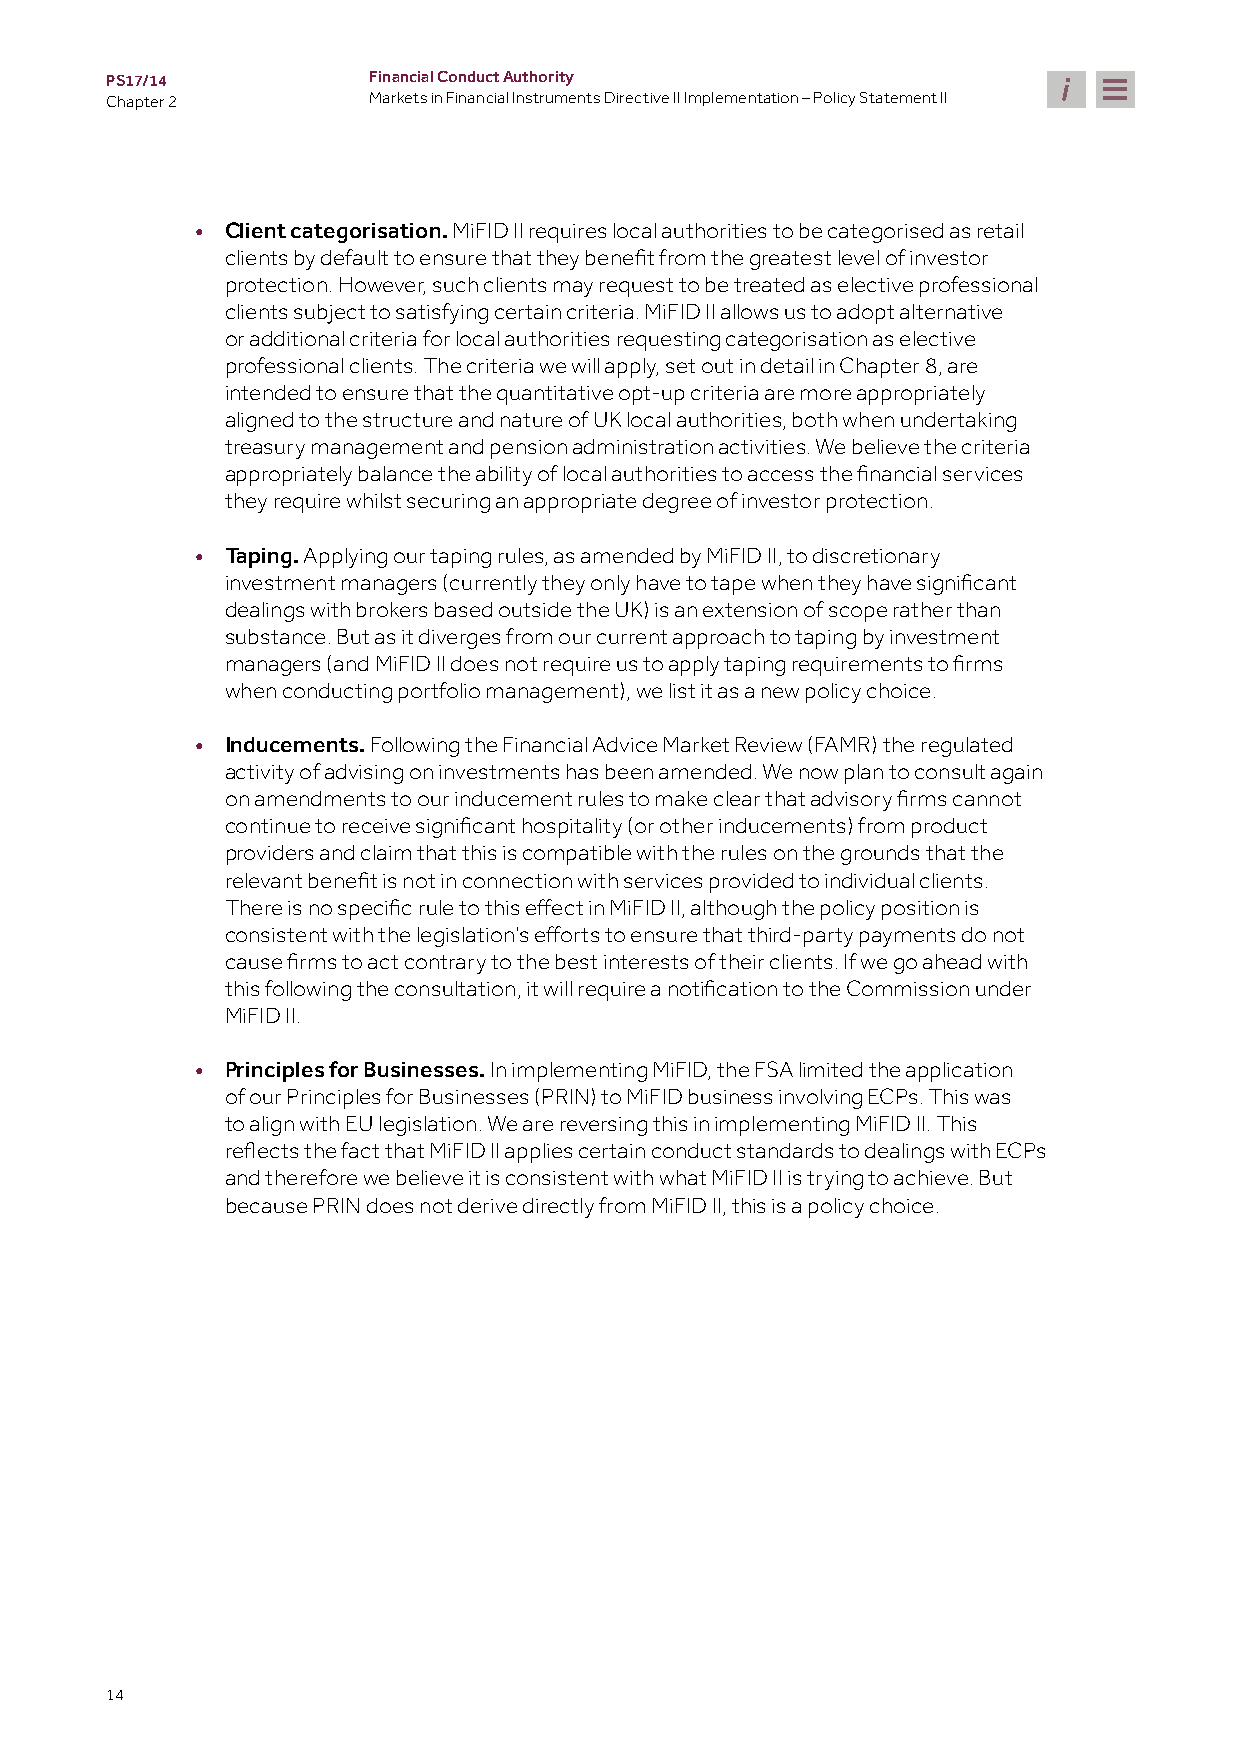
PS17/14          Financial Conduct Authority
 Chapter 2        Markets in Financial Instruments Directive II Implementation – Policy Statement II
 • Client categorisation. MiFID II requires local authorities to be categorised as retail
 clients by default to ensure that they benefit from the greatest level of investor
 protection. However, such clients may request to be treated as elective professional
 clients subject to satisfying certain criteria. MiFID II allows us to adopt alternative
 or additional criteria for local authorities requesting categorisation as elective
 professional clients. The criteria we will apply, set out in detail in Chapter 8, are
 intended to ensure that the quantitative opt-up criteria are more appropriately
 aligned to the structure and nature of UK local authorities, both when undertaking
 treasury management and pension administration activities. We believe the criteria
 appropriately balance the ability of local authorities to access the financial services
 they require whilst securing an appropriate degree of investor protection.
 • Taping. Applying our taping rules, as amended by MiFID II, to discretionary
 investment managers (currently they only have to tape when they have significant
 dealings with brokers based outside the UK) is an extension of scope rather than
 substance. But as it diverges from our current approach to taping by investment
 managers (and MiFID II does not require us to apply taping requirements to firms
 when conducting portfolio management), we list it as a new policy choice.
 • Inducements. Following the Financial Advice Market Review (FAMR) the regulated
 activity of advising on investments has been amended. We now plan to consult again
 on amendments to our inducement rules to make clear that advisory firms cannot
 continue to receive significant hospitality (or other inducements) from product
 providers and claim that this is compatible with the rules on the grounds that the
 relevant benefit is not in connection with services provided to individual clients.
 There is no specific rule to this effect in MiFID II, although the policy position is
 consistent with the legislation’s efforts to ensure that third-party payments do not
 cause firms to act contrary to the best interests of their clients. If we go ahead with
 this following the consultation, it will require a notification to the Commission under
 MiFID II.
 • Principles for Businesses. In implementing MiFID, the FSA limited the application
 of our Principles for Businesses (PRIN) to MiFID business involving ECPs. This was
 to align with EU legislation. We are reversing this in implementing MiFID II. This
 reflects the fact that MiFID II applies certain conduct standards to dealings with ECPs
 and therefore we believe it is consistent with what MiFID II is trying to achieve. But
 because PRIN does not derive directly from MiFID II, this is a policy choice.
 14